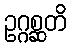
ဥဂ္ဂစ္ဆတိ